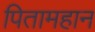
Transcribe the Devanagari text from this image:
पितामहान